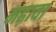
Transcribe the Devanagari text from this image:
मढ़ावा